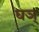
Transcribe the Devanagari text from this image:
घञ्‌